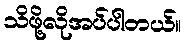
သိဖို့လိုအပ်ပါတယ်။